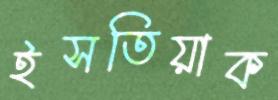
ইসতিয়াক